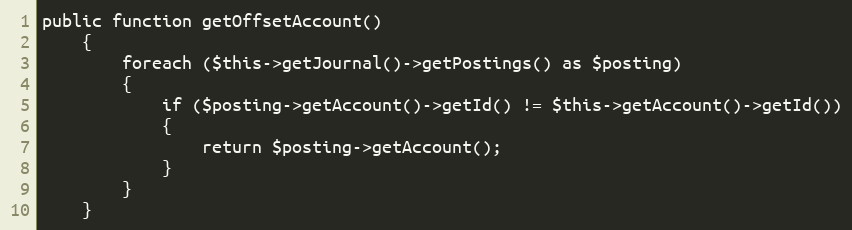
Language: PHP
public function getOffsetAccount()
    {
        foreach ($this->getJournal()->getPostings() as $posting)
        {
            if ($posting->getAccount()->getId() != $this->getAccount()->getId())
            {
                return $posting->getAccount();
            }
        }
    }